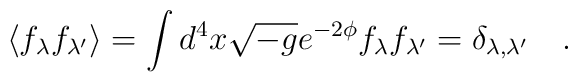
\langle f_{\lambda} f_{\lambda'} \rangle = \int d^4x \sqrt{-g}e^{-2\phi}f_{\lambda} f_{\lambda'} =\delta_{\lambda,\lambda'} \quad .